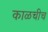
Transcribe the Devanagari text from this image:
काळचीच